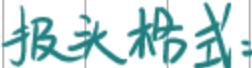
报头格式：